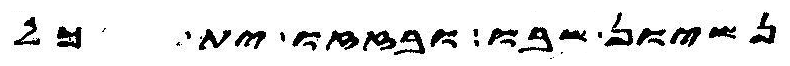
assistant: נשיון שבו ובזזו ית כל